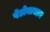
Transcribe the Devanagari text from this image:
पेडोबाक्टर